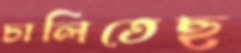
চালিতেছ